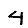
Digit: 4